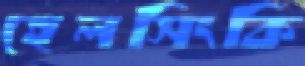
হেলসিংকি